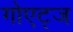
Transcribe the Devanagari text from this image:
गोएट्ज